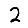
Digit: 2